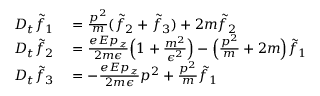
\begin{array} { r l } { D _ { t } \Tilde { f } _ { 1 } } & { { } = \frac { p ^ { 2 } } { m } ( \Tilde { f } _ { 2 } + \Tilde { f } _ { 3 } ) + 2 m \Tilde { f } _ { 2 } } \\ { D _ { t } \Tilde { f } _ { 2 } } & { { } = \frac { e E p _ { z } } { 2 m \epsilon } \Big ( 1 + \frac { m ^ { 2 } } { \epsilon ^ { 2 } } \Big ) - \Big ( \frac { p ^ { 2 } } { m } + 2 m \Big ) \Tilde { f } _ { 1 } } \\ { D _ { t } \Tilde { f } _ { 3 } } & { { } = - \frac { e E p _ { z } } { 2 m \epsilon } p ^ { 2 } + \frac { p ^ { 2 } } { m } \Tilde { f } _ { 1 } } \end{array}